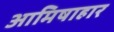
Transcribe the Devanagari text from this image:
आमिषाहार